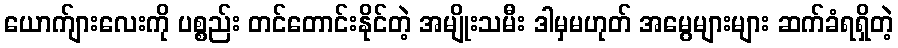
ယောက်ျားလေးကို ပစ္စည်း တင်တောင်းနိုင်တဲ့ အမျိုးသမီး ဒါမှမဟုတ် အမွေများများ ဆက်ခံရရှိတဲ့